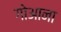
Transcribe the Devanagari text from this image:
गोआना